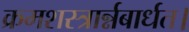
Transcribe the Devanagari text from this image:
क्रमशस्त्रार्न्नबार्धत।